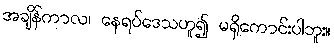
အချိန်ကာလ၊ နေရပ်ဒေသဟူ၍ မရှိကောင်းပါဘူး။